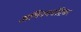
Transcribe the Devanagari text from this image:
अभिनयचंद्रिका